Civil Veterinary Dept. Bombay admin report 1932-41 - 1932-1941
Year: 1932
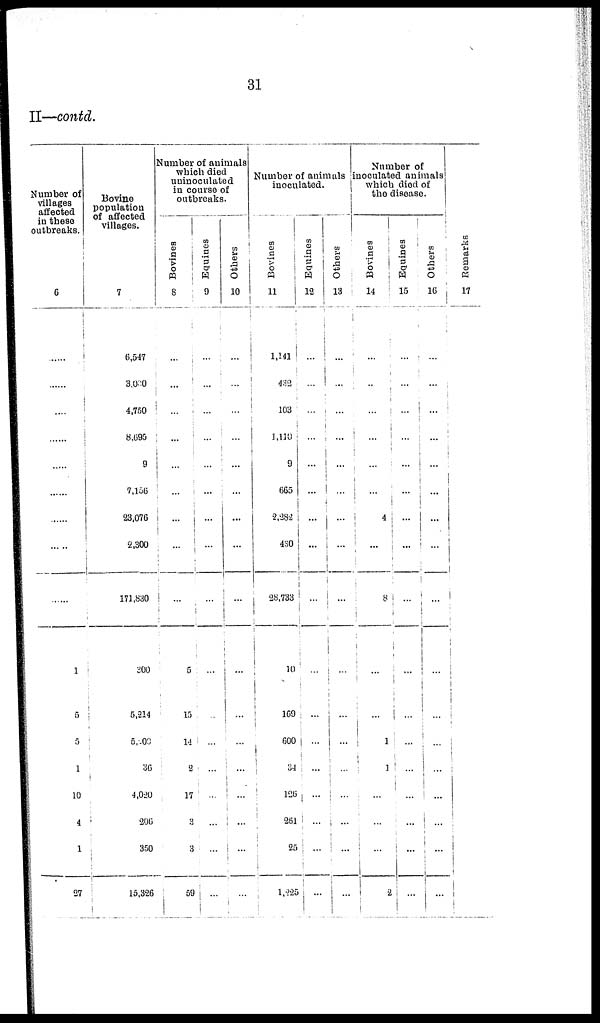
31
II—contd.
Number of
villages
affected
in these
outbreaks.
6
......
......
......
.......
......
......
......
......
......
1
5
5
1
10
4
1
27
Bovine
population
of affected
villages.
7
6,547
3,000
4,750
8,695
9
7,156
23,076
2,300
171,830
300
5,214
5,000
36
4,020
206
350
15,326
Number of animals
which died
uninoculated
in course of
outbreaks.
Bovines
8
...
...
...
...
...
...
...
...
...
5
15
14
2
17
3
3
59
Equines
9
...
...
...
...
...
...
...
...
...
...
...
...
...
...
...
...
...
Others
10
...
...
...
...
...
...
...
...
...
...
...
...
...
...
...
...
...
Number of animals
inoculated.
Bovines
11
1,141
432
103
1,110
9
665
2,282
430
28,733
10
169
600
34
126
261
25
1,225
Equines
12
...
...
...
...
...
...
...
...
...
...
...
...
...
...
...
...
...
Others
13
...
....
...
...
...
...
...
...
...
...
...
...
...
...
...
...
...
Number of
inoculated animals
which died of
the disease.
Bovines
14
...
...
...
...
...
...
4
...
8
...
...
1
1
....
...
...
...
Equines
15
...
...
...
...
...
...
...
...
...
...
...
...
...
...
...
...
...
Others
16
...
...
...
...
...
...
...
...
...
...
...
...
...
...
...
...
...
Remarks
17